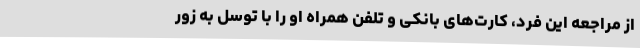
از مراجعه این فرد، کارت‌های بانکی و تلفن همراه او را با توسل به زور